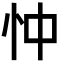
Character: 忡